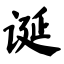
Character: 诞